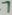
Text: 7